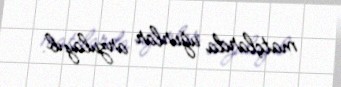
matçlarda uğurlar arzulayıb.